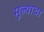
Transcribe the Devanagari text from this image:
मूल्याचा